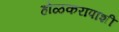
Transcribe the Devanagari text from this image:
होळकरापाशी